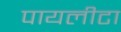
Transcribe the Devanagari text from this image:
पायलीटा